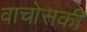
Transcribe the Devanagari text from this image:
वाचोसकी